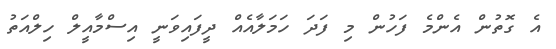
އެ ގޮތުން އެންމެ ފަހުން މި ފަދަ ހަމަލާއެއް ދީފައިވަނީ އިސްމާއީލް ހިލްއަތު